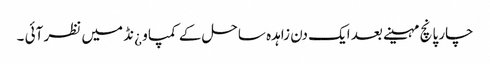
چار پانچ مہینے بعد ایک دن زاہدہ ساحل کے کمپاو ¿نڈ میں نظر آئی ۔